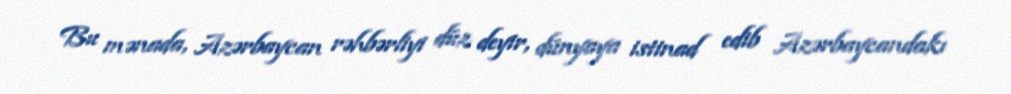
Bu mənada, Azərbaycan rəhbərliyi düz deyir, dünyaya istinad edib Azərbaycandakı